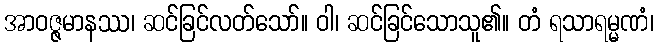
အာဝဇ္ဇမာနဿ၊ ဆင်ခြင်လတ်သော်။ ဝါ၊ ဆင်ခြင်သောသူ၏။ တံ ရသာရမ္မဏံ၊